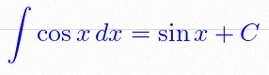
\int \cos x\,dx=\sin x+C